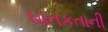
ઘાતકતાની